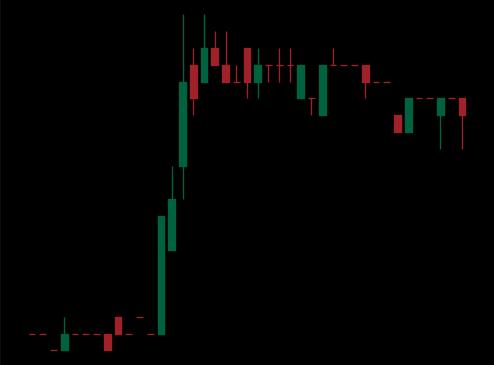
Pattern: bear_flag